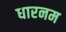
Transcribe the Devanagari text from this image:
धारनम